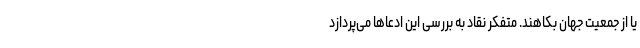
یا از جمعیت جهان بکاهند. متفکر نقاد به بررسی این ادعاها می‌پردازد